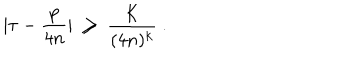
| \tau - \frac { p } { 4 n } | \ \ge \ \frac K { ( 4 n ) ^ { k } } \ .